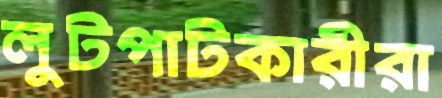
লুটপাটকারীরা